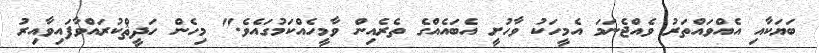
ބަޔަކާއި އެއްވައްތަރު ވެއްޖެނަމަ އެމީހަކު ވާހުށީ އެބައެއްގެ ތެރެއިން ވާމީހެއްކަމުގައެވެ." މިހެން ހަދީޘްކުރައްވާފައިވާއިރު